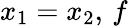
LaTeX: x_{1}=x_{2},\, f